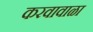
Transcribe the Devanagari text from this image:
करवावाळा